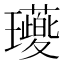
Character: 𭺖